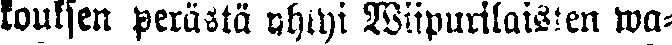
kouksen perästä yhtyi Wiipurilaisen wa-